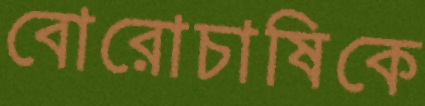
বোরোচাষিকে